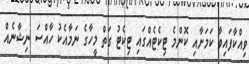
ވިއްކާފައިވާ ކަމަށާއި ކޮންމެ ޓިކެޓެއްގައި ޓިކެޓު ގަތް މީހާގެ ނަމާއެކު ހާއްސަ ނިޝާނެއް